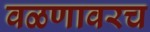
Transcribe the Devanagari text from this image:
वळणावरच